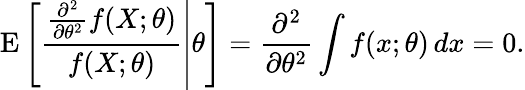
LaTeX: \operatorname{E}\left[\left.{\frac{{\frac{\partial^{2}}{\partial\theta^{2}}}f(X;\theta)}{f(X;\theta)}}\right|\theta\right]={\frac{\partial^{2}}{\partial\theta^{2}}}\int f(x;\theta)\, dx=0.